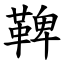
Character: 鞞